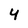
Character: y